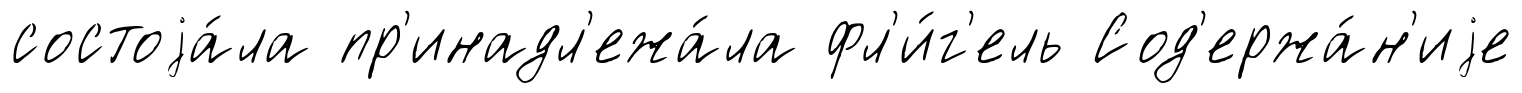
состоjа́ла пр'инадл'ежа́ла фл'и́г'ель Сод'ержа́н'иjе